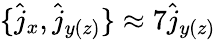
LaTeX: \{ \hat{j}_{x},\hat{j}_{y(z)}\} \approx 7\hat{j}_{y(z)}